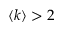
\langle k \rangle > 2